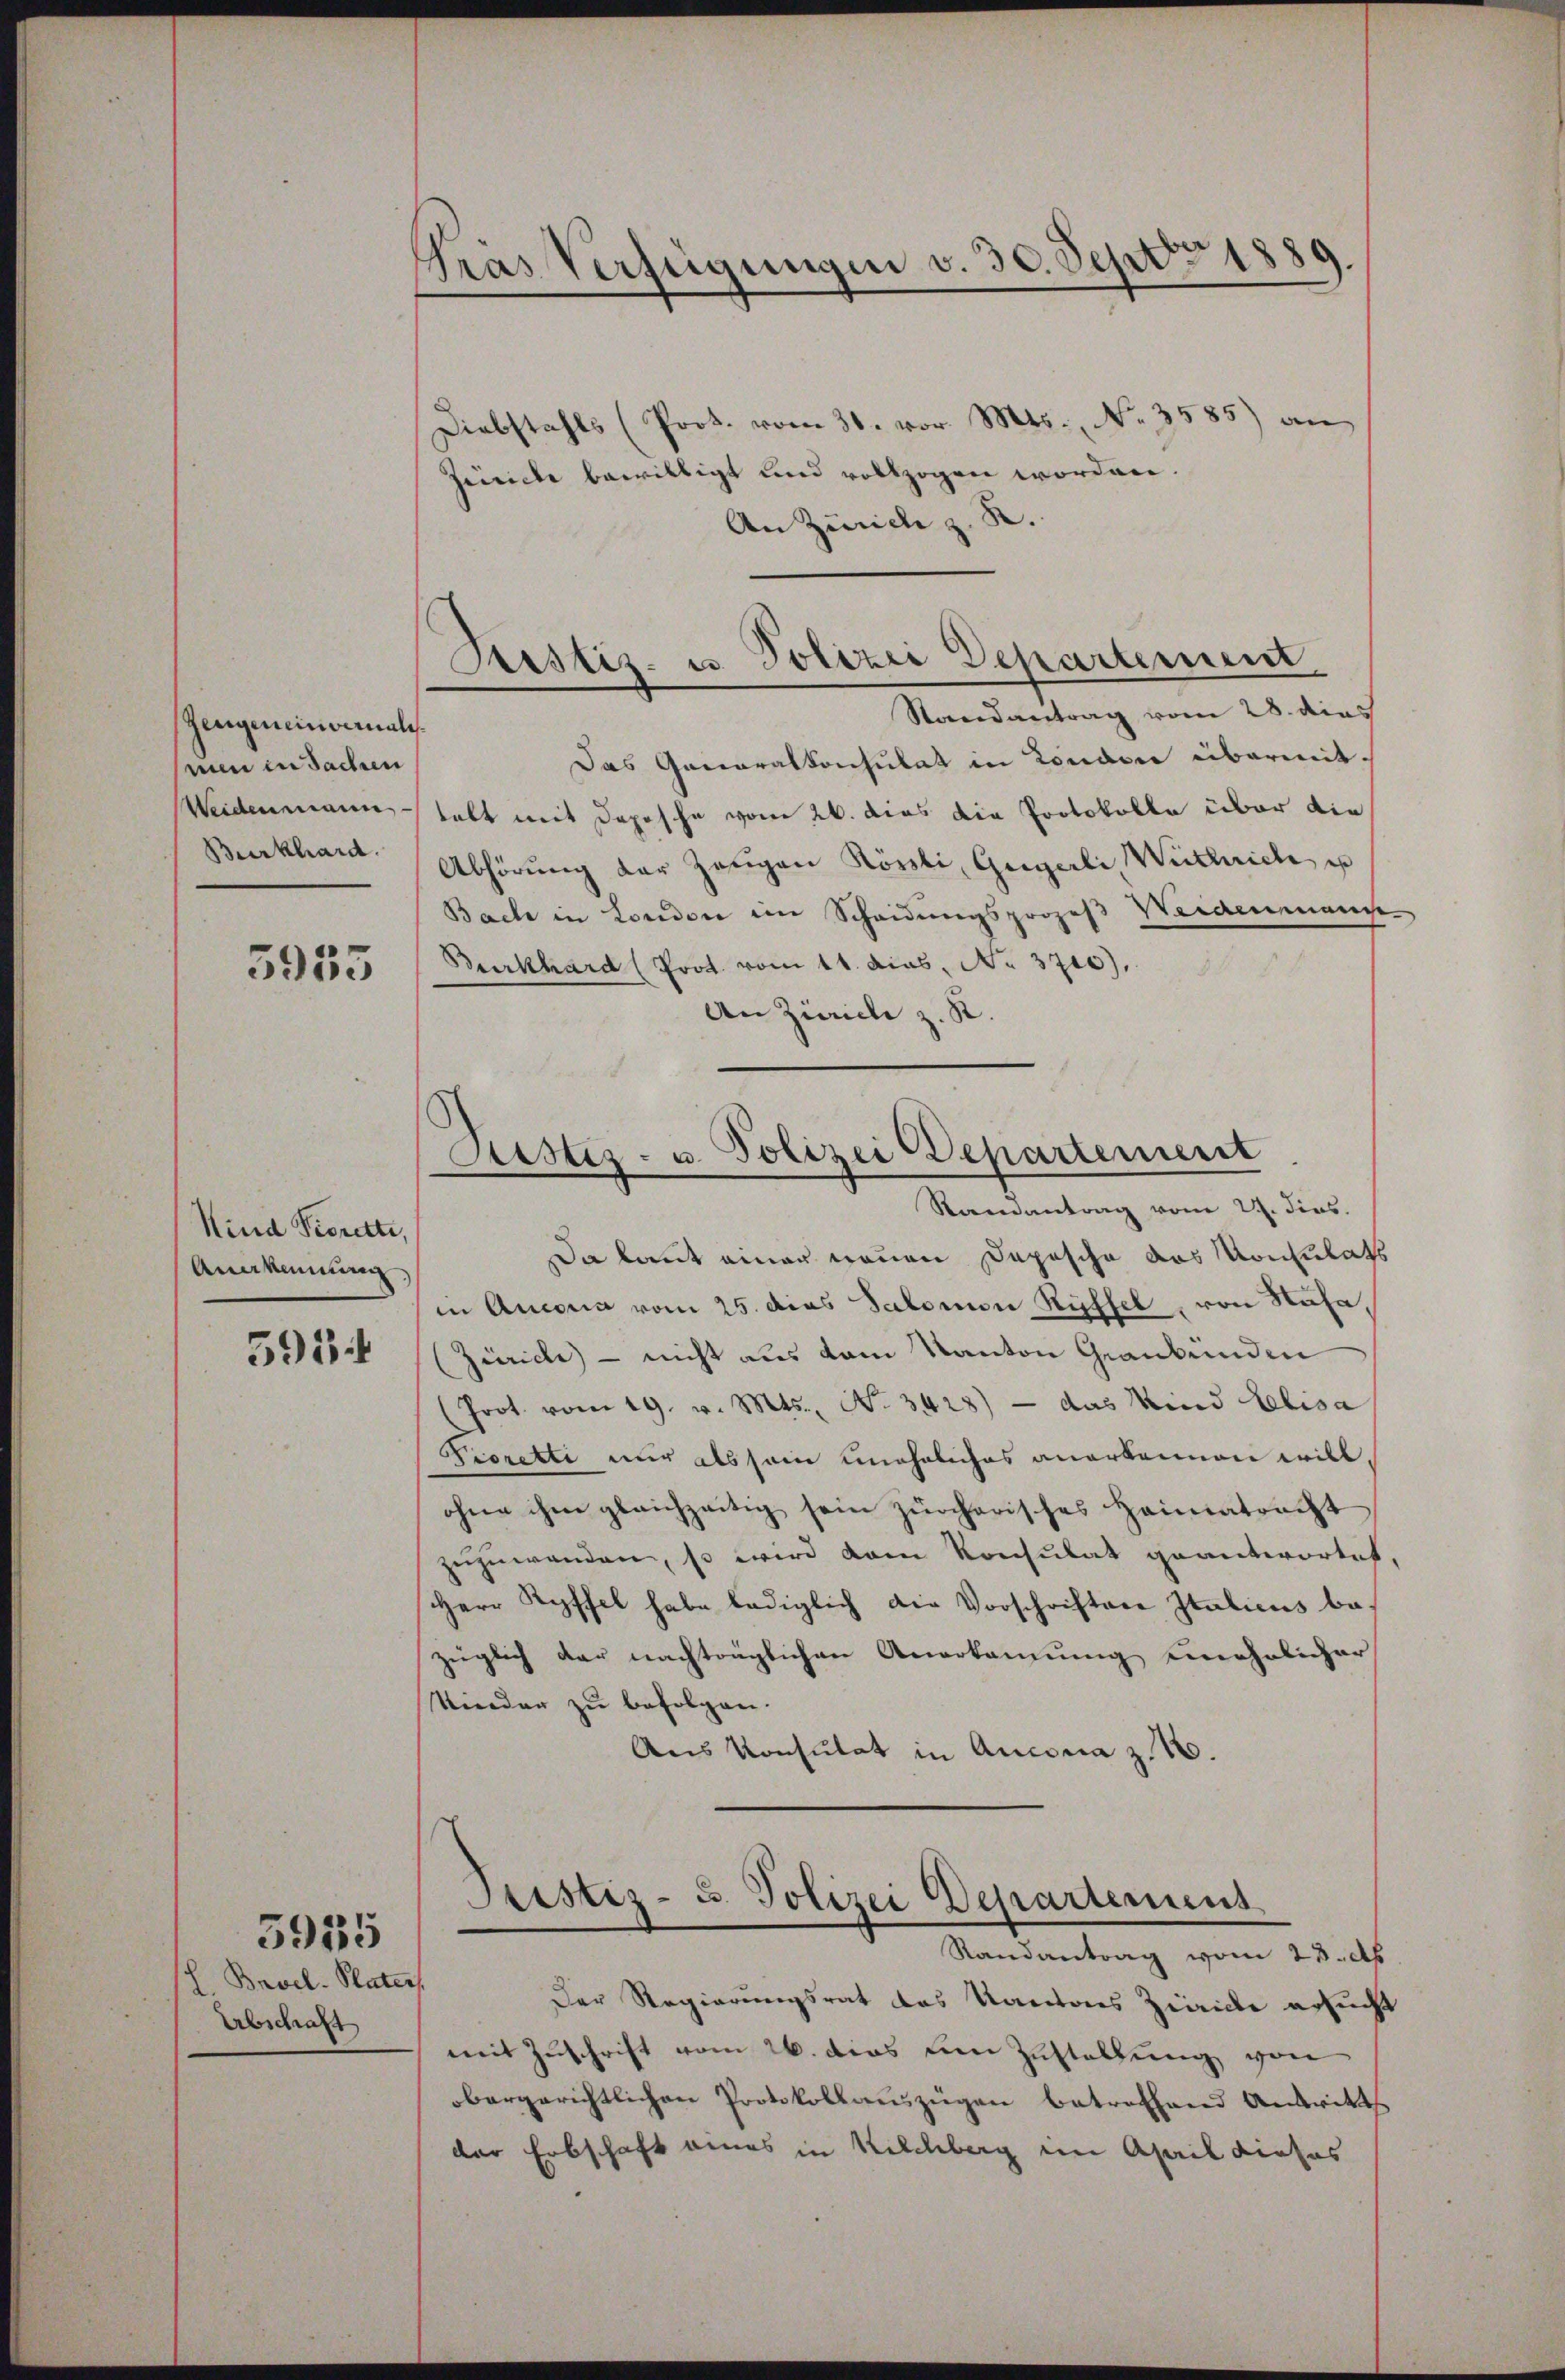
Zeugeneinvernalis
nen in Sachen
Weidenmann
Burkhard.

5955

Kind Vierette,
Anekennung
591

h. Basel. Pater
Abschaft

5955

Gras Verfügungen v. 30. Sept. 1889.

Justiz- u. Polizei Departement

Diebstahls (Prot. vom 31. vor. Mts., No. 3585) an
Zeiche bewilligt und vollzogen worden.
An Zürich z. R.
Randantrag vom 28. dies
Das Generalkonsulat in Londone übermittalt mit Depesche von 26. dies die Protokolle über die
Abhörung der Zeugen Kössli, Geigerli Wittrich, es
Bach in London im Scheidungsprozeß Weidenmande
Burkhard (Prot. vom 11. dies, No. 3710).
An Zürich z. R.

Sistiz- u. Polizei Departement
Randantrag vom 24. dies

Justiz- u. Polizei Departement
Randantrag vom 23. Ap

Da laut einer neuen Depesche das Konsulats
in Ancona vom 25. dies Salomon Rüffel, von Stäfa,
(Zürich - nicht aus vom Kanton Graubünden
Prot. vom 19. v. Mts., No. 3428) — das Kind Elisa
Fioretti nur als sein uneheliches anerkennen will,
ohne ihm gleichzeitig sein zürcherisches Heimatracht
zuzuwenden, so wird kam Konsulat geantwortet,
Herr Ryffel habe lediglich die Vorschriften Italicus bezüglich der nachträglichen Anerkannung einehelicher
Kinder zu befolgen.
Aus Konsulat in Aucona z. 10.

Der Regierungsrat des Kantons Zürich ersucht
mit Zuschrift vom 26. dies um Zustellung von
bergerichtlichen Protokollauszügen betreffend Antritt
der Erbschaft eines in Kilchberg in April dieses